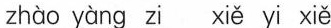
zhào yàng zi xiě yi xiě